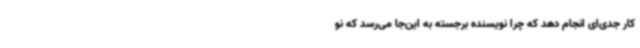
کار جدی‌ای انجام دهد که چرا نویسنده برجسته به این‌جا می‌رسد که نو